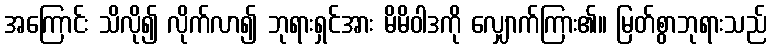
အကြောင်း သိလို၍ လိုက်လာ၍ ဘုရားရှင်အား မိမိဝါဒကို လျှောက်ကြား၏။ မြတ်စွာဘုရားသည်